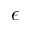
\epsilon